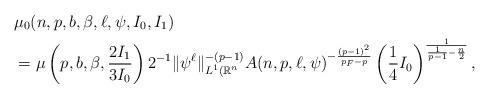
LaTeX: \begin{align*}&\mu_0(n,p,b,\beta,\ell,\psi,I_0,I_1)\\&= \mu \left(p,b,\beta,\frac{2I_1}{3I_0} \right)2^{-1}\| \psi^{\ell} \|_{L^1(\mathbb{R}^n}^{-(p-1)}A(n,p,\ell,\psi)^{-\frac{(p-1)^2}{p_F-p}}\left( \frac{1}{4}I_0 \right)^{\frac{1}{\frac{1}{p-1}-\frac{n}{2}}},\end{align*}